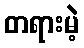
တရားမဲ့